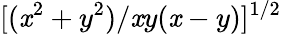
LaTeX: [(\mathit{x}^{2}+y^{2})/\mathit{x}y(\mathit{x}-y)]^{1/2}